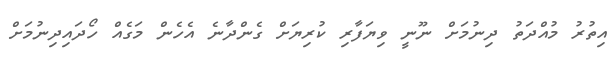
އިތުރު މުއްދަތު ދިނުމަށް ނޫނީ ވިޔަފާރި ކުރިޔަށް ގެންދާނެ އެހެން މަގެއް ހޯދައިދިނުމަށް